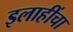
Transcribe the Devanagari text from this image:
इलाहींचा